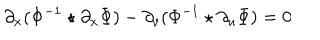
LaTeX: \partial _ { x } ( \Phi ^ { - 1 } \star \partial _ { x } \Phi ) - \partial _ { v } ( \Phi ^ { - 1 } \star \partial _ { u } \Phi ) = 0